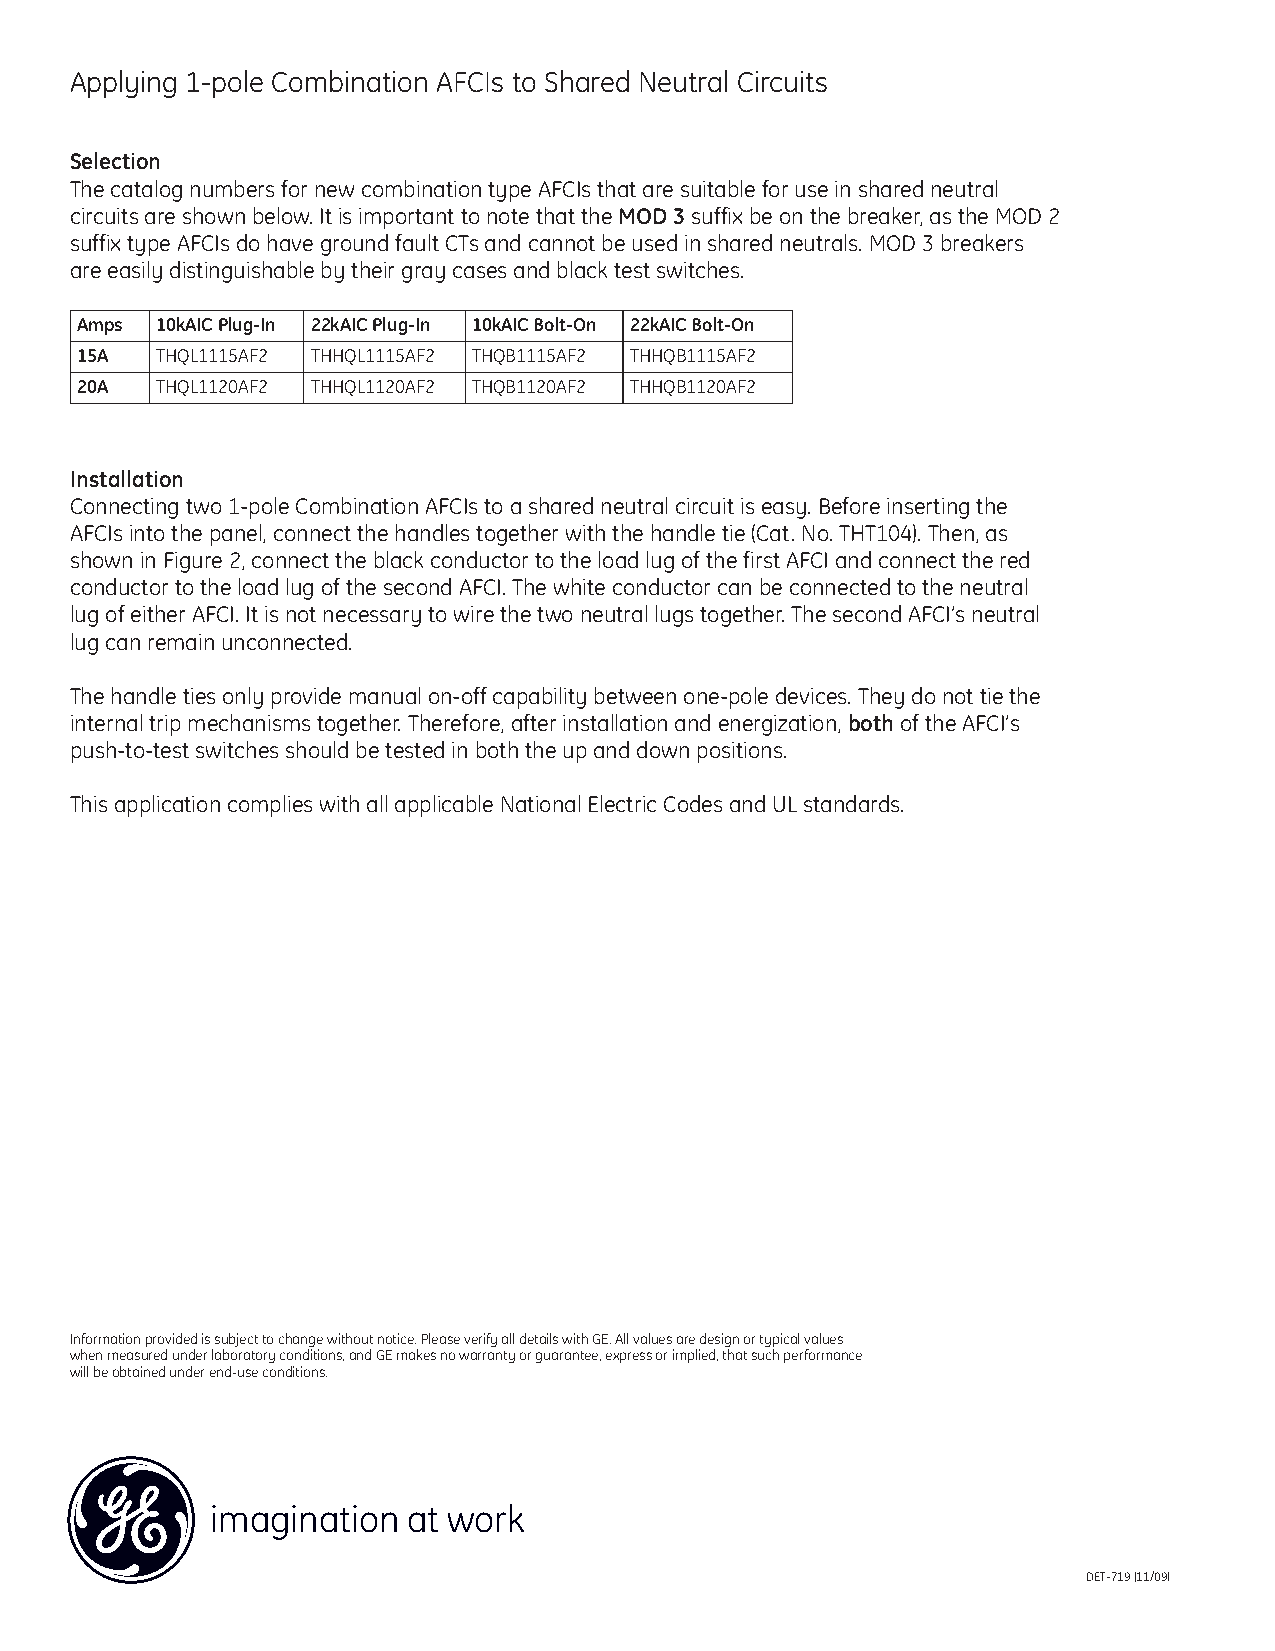
Applying 1-pole Combination AFCIs to Shared Neutral Circuits
 Selection
 The catalog numbers for new combination type AFCIs that are suitable for use in shared neutral
 circuits are shown below. It is important to note that the MOD 3suffix be on the breaker, as the MOD 2
 suffix type AFCIs do have ground fault CTs and cannot be used in shared neutrals. MOD 3 breakers
 are easily distinguishable by their gray cases and black test switches.
 Amps 10kAIC Plug-In 22kAIC Plug-In 10kAIC Bolt-On 22kAIC Bolt-On
 15A  THQL1115AF2 THHQL1115AF2 THQB1115AF2 THHQB1115AF2
 20A  THQL1120AF2 THHQL1120AF2 THQB1120AF2 THHQB1120AF2
 Installation
 Connecting two 1-pole Combination AFCIs to a shared neutral circuit is easy. Before inserting the
 AFCIs into the panel, connect the handles together with the handle tie (Cat. No. THT104). Then, as
 shown in Figure 2, connect the black conductor to the load lug of the first AFCI and connect the red
 conductor to the load lug of the second AFCI. The white conductor can be connected to the neutral
 lug of either AFCI. It is not necessary to wire the two neutral lugs together. The second AFCI’s neutral
 lug can remain unconnected.
 The handle ties only provide manual on-off capability between one-pole devices. They do not tie the
 internal trip mechanisms together. Therefore, after installation and energization, bothof the AFCI’s
 push-to-test switches should be tested in both the up and down positions.
 This application complies with all applicable National Electric Codes and UL standards.
 Information provided is subject to change without notice. Please verify all details with GE. All values are design or typical values
 when measured underlaboratory conditions, and GE makes no warranty or guarantee, express or implied, that such performance
 will be obtained under end-use conditions.
 imagination  at work
 DET-719 (11/09)